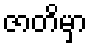
ဇာတိမှာ